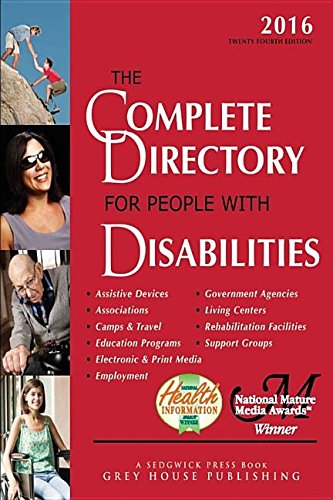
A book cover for The Complete Directory for People With Disabilities 2016: A Comprehensive Source Book for Individuals and Professionals; Reference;